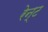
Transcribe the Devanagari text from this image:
रेन्ट